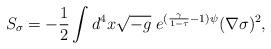
LaTeX: \begin{align*}S_\sigma=-\frac{1}{2}\int d^4 x\sqrt{-g}\; e^{(\frac{\gamma}{1-\tau}-1)\psi}(\nabla\sigma)^2,\end{align*}